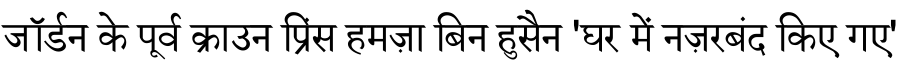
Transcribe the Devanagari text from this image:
जॉर्डन के पूर्व क्राउन प्रिंस हमज़ा बिन हुसैन 'घर में नज़रबंद किए गए'